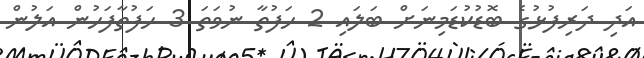
އަދި ދަރިފުޅުގެ ބޮޑުކުޑަމިނަށް ބަލައި 2 ހަފުތާ ނުވަތަ 3 ހަފުތާފަހުން އަލުން